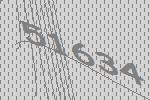
51634